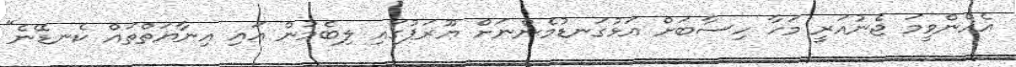
އެހެންވީމަ ޖެނުއަރީ މަހާ ހިސާބަށް އަޅުގަނޑުމެންނަށް ޔޫރަޕުގައި ލިބެމުން އައި އިނާޔަތްތައް ކެނޑޭނެ"